Kambja_algkool, lk 63
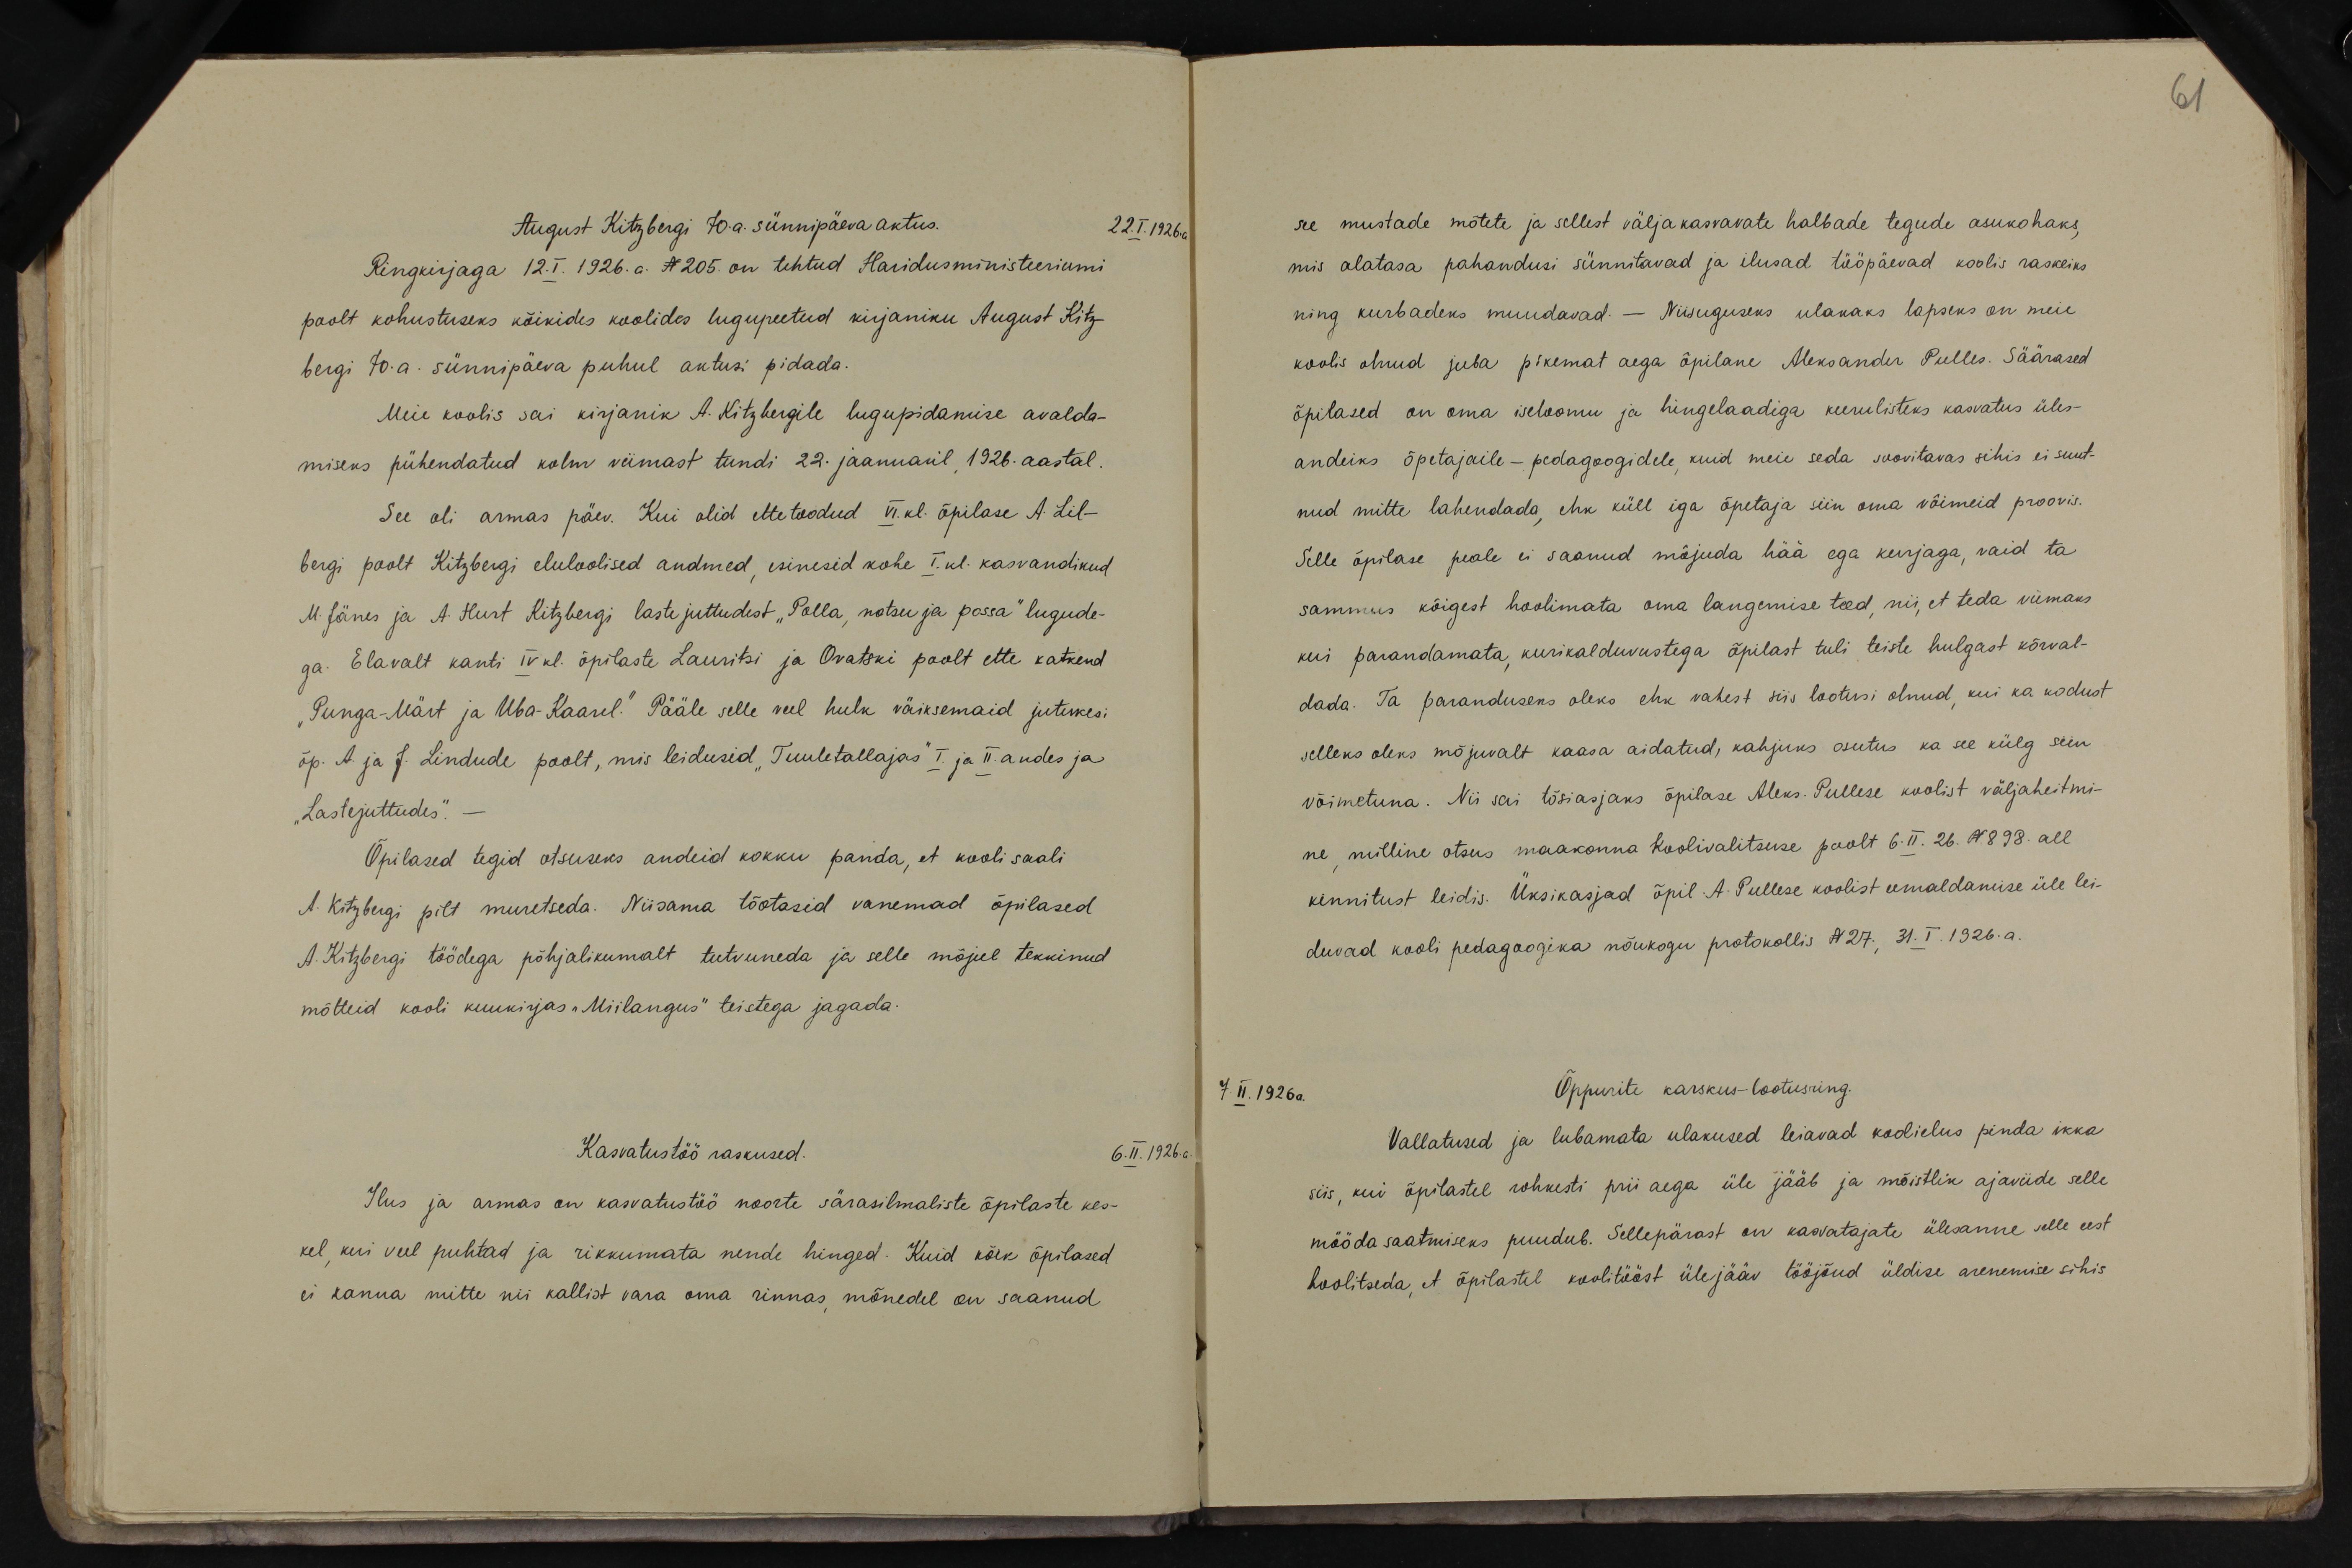
61

August Kitzbergi 70. a. sünnipäeva aktus.
22.I.1926.a.
Ringkirjaga 12.I.1926.a. N205. on tehtud Haridusministeeriumi
poolt kohustuseks kõikides koolides lugupeetud kirjaniku August Kitz-
bergi 70.a. sünnipäeva puhul aktusi pidada.
Meie koolis sai kirjanik A. Kitzbergile lugupidamise avalda-
miseks pühendatud kolm viimast tundi 22. jaanuaril, 1926. aastal.
See oli armas päev. Kui olid ettetoodud VI. kl. õpilase A. Lil-
bergi poolt Kitzbergi eluloolised andmed, esinesid kohe I.kl. kasvandikud
M. Jänes ja A. Hurt Kitzbergi laste juttudest "Polla, notsu ja possa" lugude-
ga. Elavalt kanti IV kl. õpilaste Lauritsi ja Ovatski poolt ette katkend
"Punga-Märt ja Uba-Kaarel." Pääle selle veel hulk väiksemaid jutukesi
õp. A. ja J. Lindude poolt, mis leidusid "Tuuletallajas" I. ja II. andes ja
"Lastejuttudes".-
Õpilased tegid otsuseks andeid kokku panda, et kooli saali
A. Kitzbergi pilt muretseda. Niisama tõotasid vanemad õpilased
A. Kitzbergi töödega põhjalikumalt tutvuneda ja selle mõjul tekkinud
mõtteid kooli kuukirjas "Miilangus" teistega jagada.
Kasvatustöö raskused.
6. II. 1926. a.
Ilus ja armas on kasvatustöö noorte särasilmaliste õpilaste kes-
kel kui veel puhtad ja rikkumata nende hinged. Kuid kõik õpilased
ei kanna mitte nii kallist vara oma rinnas mõnedel on saanud

se mustade mõtete ja sellest väljakasvavate halbade tegude asukohaks,
mis alatasa pahandusi sünnitavad ja ilusad tööpäevad koolis raskeiks
ning kurbadeks muudavad. Niisuguseks ulakaks lapseks on meie
koolis olnud juba pikemat aega õpilane Aleksander Pulles. Säärased
õpilased on oma iseloomu ja hingelaadiga keerulisteks kasvatus üles-
andeiks õpetajaile - pedagoogidele, kuid meie seda soovitavas sihis ei suut-
nud mitte lahendada, ehk küll iga õpetaja siin oma võimeid proovis.
Selle õpilase peale ei saanud mõjuda hää ega kurjaga, vaid ta
sammus kõigest hoolimata oma langemise teed, nii, et teda viimaks
kui parandamata, kurikalduvustega õpilast tuli teiste hulgast kõrval-
dada. Ta paranduseks oleks ehk vahest siis lootusi olnud, kui ka kodust
selleks oleks mõjuvalt kaasa aidatud, kahjuks osutus ka see külg siin
võimetuna. Nii sai tõsiasjaks õpilase Aleks. Pullese koolist väljaheitmi-
ne, milline otsus maakonna koolivalitsuse poolt 6.II. 26. N898. all
kinnitust leidis. Üksikasjad õpil A. Pullese koolist eemaldamise üle lei-
duvad kooli pedagoogika nõukogu protokollis N 27, 31. I. 1926. a.
7. II. 1926 a.
Õppurite karskus-lootusring.
Vallatused ja lubamata ulakused leiavad koolielus pinda ikka
siis, kui õpilastel rohkesti prii aega üle jääb ja mõistlik ajaviide selle
möödasaatmiseks puudub. Sellepärast on kasvatajate ülesanne selle eest
hoolitseda, et õpilastel koolitööst ülejääv tööjõud üldise arenemise sihis